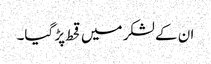
ان کے لشکر میں قحط پڑ گیا۔